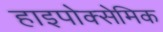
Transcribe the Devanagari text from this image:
हाइपोक्सेमिक